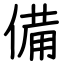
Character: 備